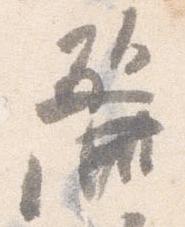
麗